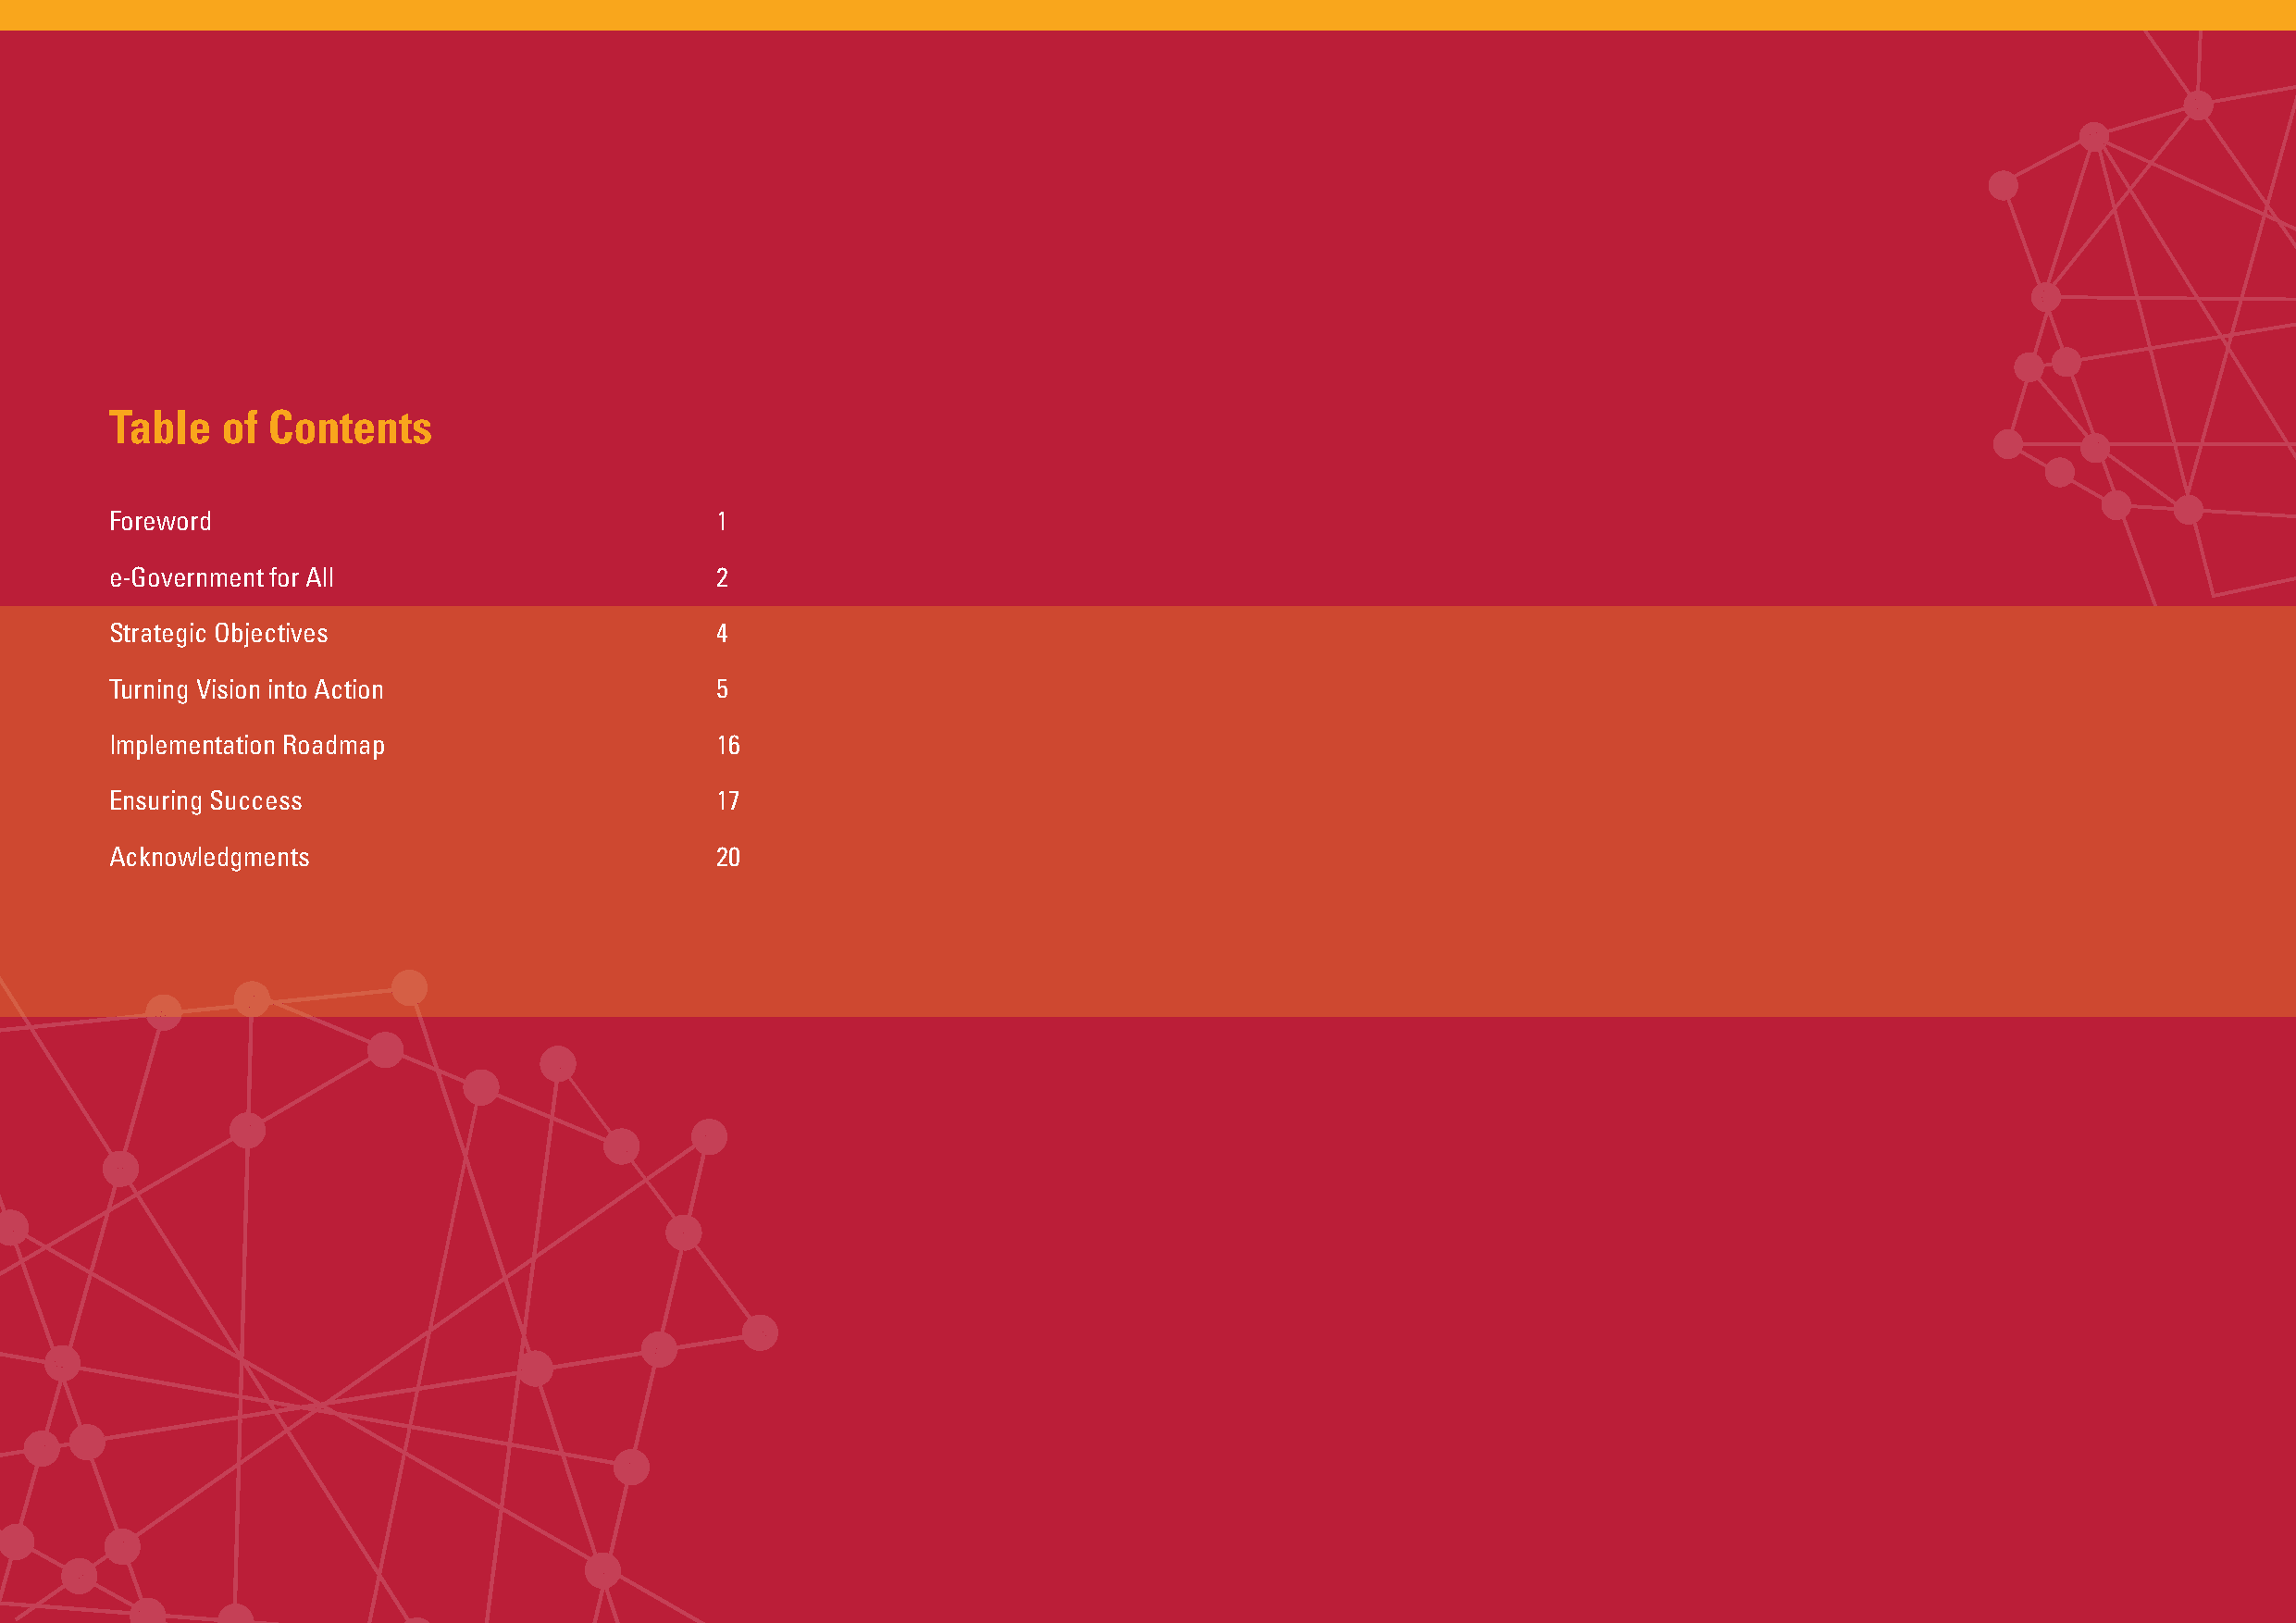
Table   of Contents
 Foreword                                   1
 e-Government for All                       2
 Strategic Objectives                       4
 Turning Vision into Action                 5
 Implementation Roadmap                     16
 Ensuring Success                           17
 Acknowledgments                            20